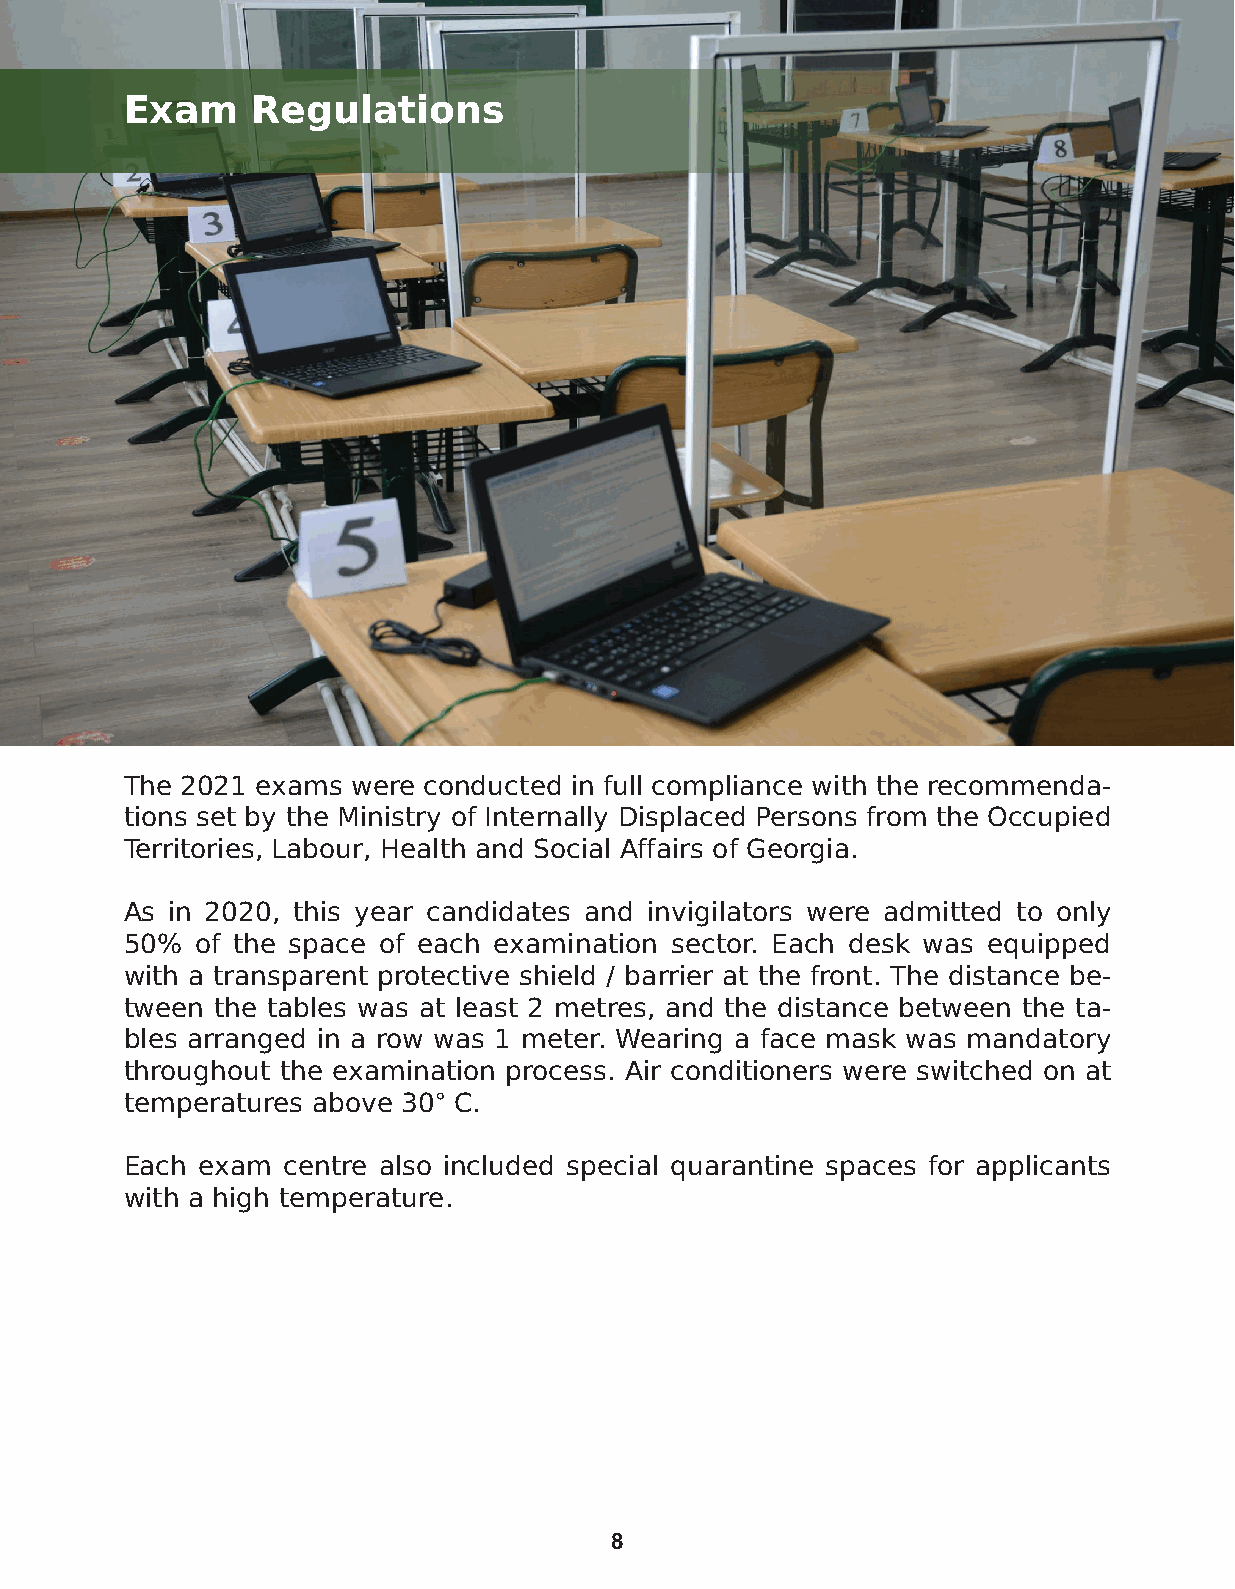
Exam    Regulations
 The 2021 exams were conducted in full compliance with the recommenda-
 tions set by the Ministry of Internally Displaced Persons from the Occupied
 Territories, Labour, Health and Social Affairs of Georgia.
 As in 2020, this year candidates and invigilators were admitted to only
 50%  of the space of each examination sector. Each desk was equipped
 with a transparent protective shield / barrier at the front. The distance be-
 tween the tables was at least 2 metres, and the distance between the ta-
 bles arranged in a row was 1 meter. Wearing a face mask was mandatory
 throughout the examination process. Air conditioners were switched on at
 temperatures above 30° C.
 Each exam centre also included special quarantine spaces for applicants
 with a high temperature.
 8